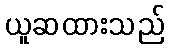
ယူဆထားသည်